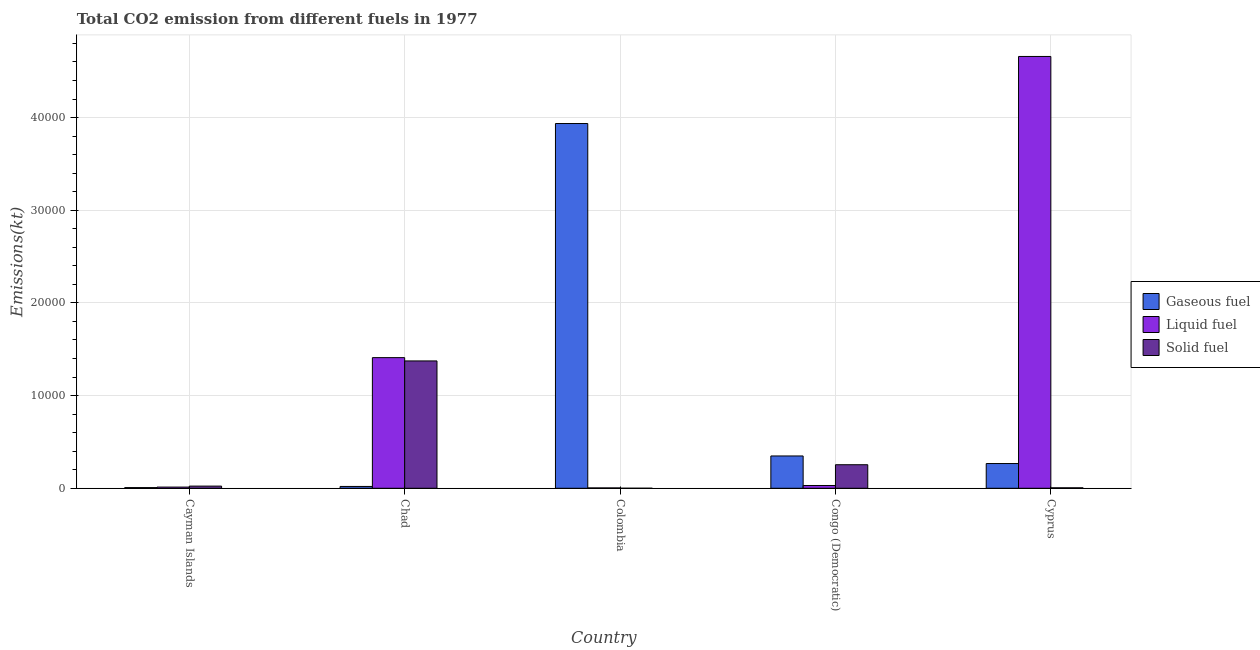
| Country | Gaseous fuel | Liquid fuel | Solid fuel |
 | --- | --- | --- | --- |
 | Cayman Islands | 73.3 | 128 | 235 |
 | Chad | 198 | 1.41e+04 | 1.37e+04 |
 | Colombia | 3.94e+04 | 40.3 | 3.67 |
 | Congo (Democratic) | 3.49e+03 | 301 | 2.54e+03 |
 | Cyprus | 2.67e+03 | 4.66e+04 | 51.3 |